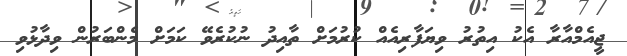
ޖީއެމްއާރާ އެކު އިތުރު ވިޔަފާރިއެއް ކުރުމަށް ތާއިދު ނުކުރެވޭ ކަމަށް މެންބަރުން ވިދާޅުވި